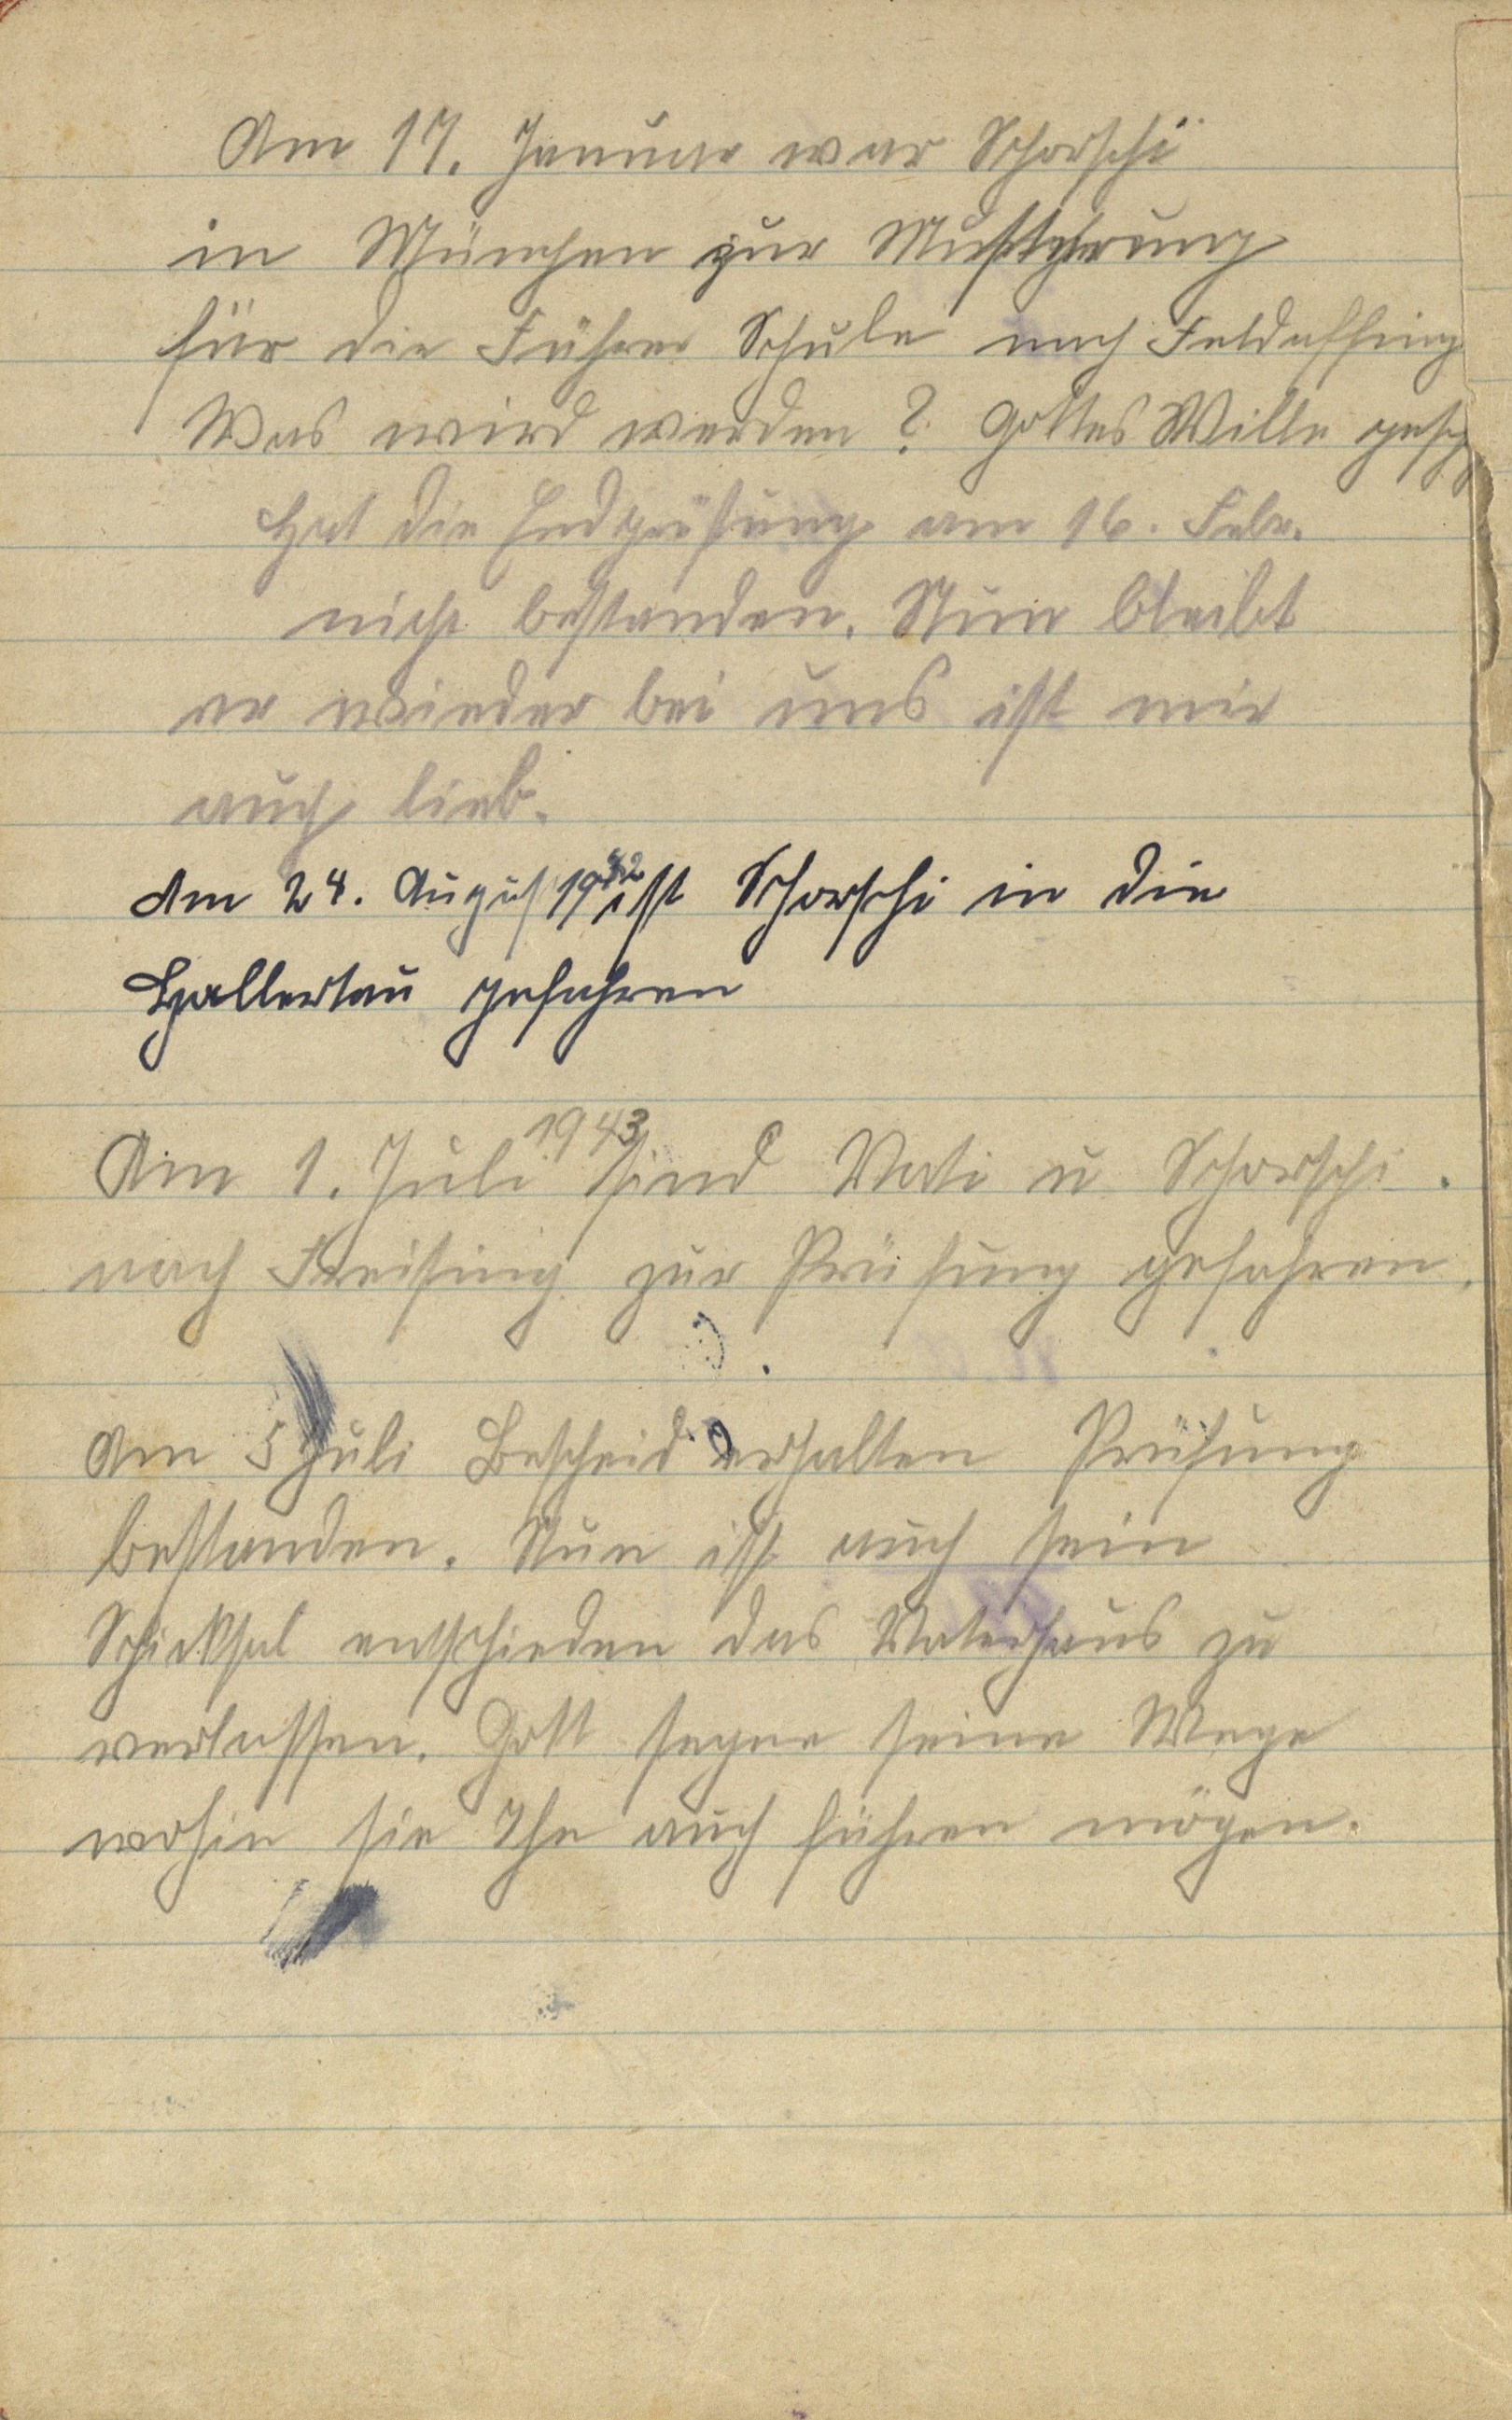
Am 17. Januar war Schorschi
in München zur Musterung
für die Führer Schule nach Feldaffing
Was wird werden? Gottes Wille geschehe
Hat die Endprüfung am 16. Febr.
nicht bestanden, Nun bleibt
er wieder bei uns ist mir
auch lieb.
Am 24. August 1942 ist Schorschi in die
Hallertau gefahren
Am 1. Juli 1943 sind Vati und Schorschi
nach Freising zur Prüfung gefahren
Am 5. Juli Bescheid erhalten Prüfung
bestanden. Nun ist auch sein
Schicksal entschieden das zu
verlassen. Gott segne seine Wege
wohin sie ihn auch führen mögen.